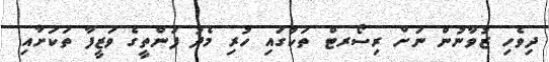
ދިވެހި ޒުވާނުން ނަށް ރިސޯރޓް ތަކުގައި ހުރި މެދު ފަންތީގެ ވަޒީފާ ތަކަށާއި